Report of the Indian Hemp Drugs Commission, 1894-1895 - Volume VI
Year: 1894
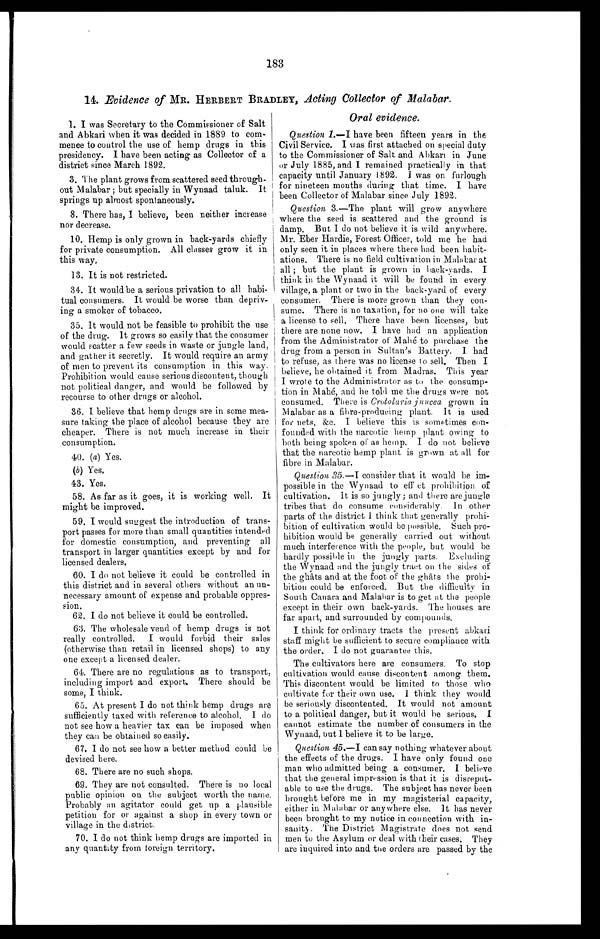
183
14. Evidence of MR. HERBERT BRADLEY, Acting Collector of Malabar.
1. I was Secretary to the Commissioner of Salt
and Abkari when it was decided in 1889 to com-
mence to control the use of hemp drugs in this
presidency. I have been acting as Collector of a
district since March 1892.
3. The plant grows from scattered seed through-
out Malabar ; but specially in Wynaad taluk. It
springs up almost spontaneously.
8. There has, I believe, been neither increase
nor decrease.
10. Hemp is only grown in back-yards chiefly
for private consumption. All classes grow it in
t h i s w a y .
13. It is not restricted.
34. It would be a serious privation to all habi-
tual consumers. It would be worse than depriv-
ing a smoker of tobacco.
35. It would not be feasible to prohibit the use
of the drug. It grows so easily that the consumer
would scatter a few seeds in waste or jungle land,
and gather it secretly. It would require an army
of men to prevent its consumption in this way.
Prohibition would cause serious discontent, though
not political danger, and would be followed by
recourse to other drugs or alcohol.
36. I believe that hemp drugs are in some mea-
sure taking the place of alcohol because they are
cheaper. There is not much increase in their
consumption.
40. (a) Yes.
(b) Y e s .
43. Yes.
58. As far as it goes, it is working well. It
might be improved.
59. I would suggest the introduction of trans-
port passes for more than small quantities intended
for domestic consumption, and preventing all
transport in larger quantities except by and for
licensed dealers.
60. I do not believe it could be controlled in
this district and in several others without an un-
necessary amount of expense and probable oppres-
sion.
62. I do not believe it could be controlled.
63. The wholesale vend of hemp drugs is not
really controlled. I would forbid their sales
(otherwise than retail in licensed shops) to any
one except a licensed dealer.
64. There are no regulations as to transport,
including import and export. There should be
some, I think.
65. At present I do not think hemp drugs are
sufficiently taxed with reference to alcohol. I do
not see how a heavier tax can be imposed when
they can be obtained so easily.
67. I do not see how a better method could be
devised here.
68. There are no such shops.
69. They are not consulted. There is no local
public opinion on the subject worth the name.
Probably an agitator could get up a plausible
petition for or against a shop in every town or
village in the district.
70. I do not think hemp drugs are imported in
any quantity from foreign territory.
Oral evidence.
Question 1.—I have been fifteen years in the
Civil Service. I was first attached on special duty
to the Commissioner of Salt and Abkari in June
or July 1885, and I remained practically in that
capacity until January 1892. I was on furlough
for nineteen months during that time. I have
been Collector of Malabar since July 1892.
Question 3.—The plant will grow anywhere
where the seed is scattered and the ground is
damp. But I do not believe it is wild anywhere.
Mr. Eber Hardie, Forest Officer, told me he had
only seen it in places where there had been habit-
ations. There is no field cultivation in Malabar at
all ; but the plant is grown in back-yards. I
think in the Wynaad it will be found in every
village, a plant or two in the back-yard of every
consumer. There is more grown than they con-
sume. There is no taxation, for no one will take
a license to sell. There have been licenses, but
there are none now. I have had an application
from the Administrator of Mahé to purchase the
drug from a person in Sultan's Battery. I had
to refuse, as there was no license to sell. Then I
believe, he obtained it from Madras. This year
I wrote to the Administrator as to the consump-
tion in Mahé, and he told me the drugs were not
consumed. Theee is Crotolaria juncea grown in
Malabar as a fibre-producing plant. It is used
for nets, &c. I believe this is sometimes con-
founded with the narcotic hemp plant owing to
both being spoken of as hemp. I do not believe
that the narcotic hemp plant is grown at all for
fibre in Malabar.
Question 35._I consider that it would be im-
possible in the Wynaad to effect prohibition of
cultivation. It is so jungly; and there are jungle
tribes that do consume considerably. In other
parts of the district I think that generally prohi-
bition of cultivation would be possible. Such pro-
hibition would be generally carried out without
much interference with the people, but would be
hardly possible in the jungly parts. Excluding
the Wynaad and the jungly tract on the sides of
the ghâts and at the foot of the ghâts the prohi-
bition could be enforced. But the difficulty in
South Canara and Malabar is to get at the people
except in their own back-yards. The houses are
far apart, and surrounded by compounds.
I think for ordinary tracts the present abkari
staff might be sufficient to secure compliance with
the order. I do not guarantee this.
The cultivators here are consumers. To stop
cultivation would cause discontent among them.
This discontent would be limited to those who
cultivate for their own use. I think they would
be seriously discontented. It would not amount
to a political danger, but it would he serious. I
cannot estimate the number of consumers in the
Wynaad, but I believe it to be large.
Question 45.—I can say nothing whatever about
the effects of the drugs. I have only found one
man who admitted being a consumer. I believe
that the general impression is that it is disrepu
dable to use the drugs. The subject has never been
brought before me in my magisterial capacity,
either in Malabar or anywhere else. It has never
been brought to my notice in connection with in-
sanity . The District Magistrate does not send
men to the Asylum or deal with their cases. They
are inquired into and the orders are passed by the